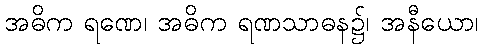
အဓိက ရဏေ၊ အဓိက ရဏသာဓန၌၊ အနီယော၊